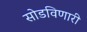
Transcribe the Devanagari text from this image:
सोडविणारी